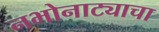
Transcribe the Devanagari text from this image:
नभोनाट्याचा